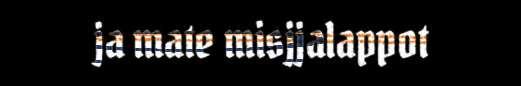
ja mate misjjalappot